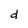
Character: d